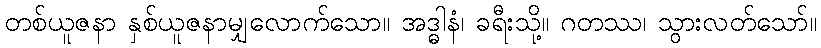
တစ်ယူဇနာ နှစ်ယူဇနာမျှလောက်သော။ အဒ္ဓါနံ၊ ခရီးသို့။ ဂတဿ၊ သွားလတ်သော်။